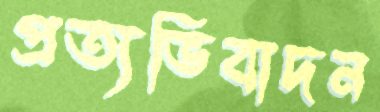
প্রত্যভিবাদন